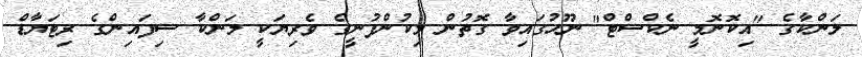
ލަންކާގެ "އިކޮނޮމީ ނެކްސްޓް" ނޫހުގައިވާ ގޮތުން މިކުންފުނީގެ ވެރިޔަކީ ލަންކާ ސިފައިންގެ ރިޓަޔާޑް